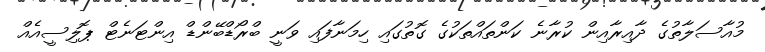
މުއާސަލާތުގެ ދާއިރާއިން ކުރާނެ ކަންތައްތަކުގެ ގޮތުގައި ހިމަނާފައި ވަނީ ބްރޯޑްބޭންޑް އިންޓަނެޓް ޕޮލިސީއެއް